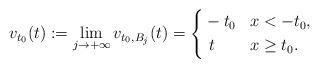
LaTeX: \begin{align*}v_{t_0}(t):=\lim_{j\to+\infty}v_{t_0,B_j}(t)=\left\{\begin{aligned}&-t_0 & & x<-t_0, \\&\ t & & x\ge t_0 .\end{aligned}\right.\end{align*}